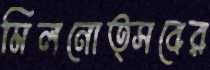
মিলনোত্সবের